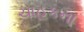
ચાહકના